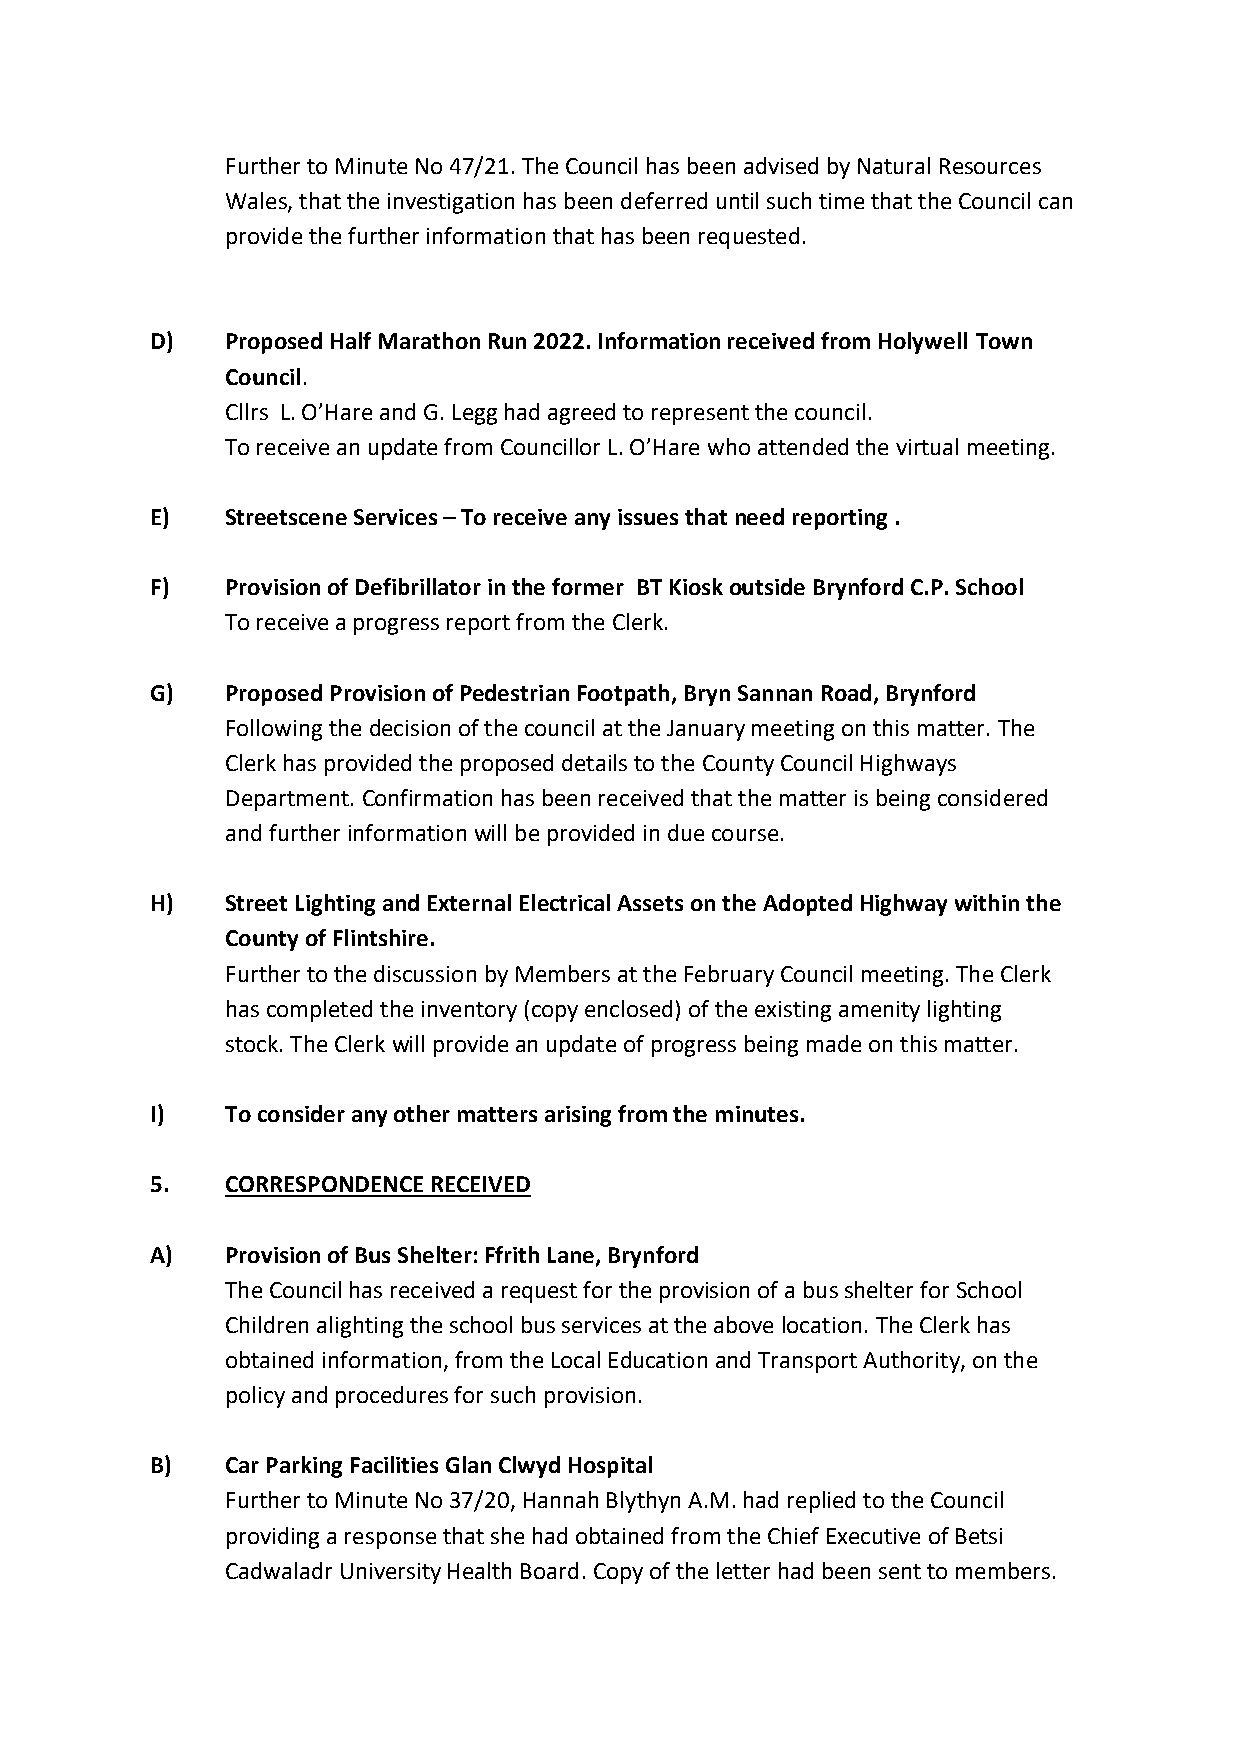
Further to Minute No 47/21. The Council has been advised by Natural Resources
 Wales, that the investigation has been deferred until such time that the Council can
 provide the further information that has been requested.
 D)   Proposed Half Marathon Run 2022. Information received from Holywell Town
 Council.
 Cllrs L. O’Hare and G. Legg had agreed to represent the council.
 To receive an update from Councillor L. O’Hare who attended the virtual meeting.
 E)   Streetscene Services – To receive any issues that need reporting .
 F)   Provision of Defibrillator in the former BT Kiosk outside Brynford C.P. School
 To receive a progress report from the Clerk.
 G)   Proposed Provision of Pedestrian Footpath, Bryn Sannan Road, Brynford
 Following the decision of the council at the January meeting on this matter. The
 Clerk has provided the proposed details to the County Council Highways
 Department. Confirmation has been received that the matter is being considered
 and further information will be provided in due course.
 H)   Street Lighting and External Electrical Assets on the Adopted Highway within the
 County of Flintshire.
 Further to the discussion by Members at the February Council meeting. The Clerk
 has completed the inventory (copy enclosed) of the existing amenity lighting
 stock. The Clerk will provide an update of progress being made on this matter.
 I)   To consider any other matters arising from the minutes.
 5.   CORRESPONDENCE RECEIVED
 A)   Provision of Bus Shelter: Ffrith Lane, Brynford
 The Council has received a request for the provision of a bus shelter for School
 Children alighting the school bus services at the above location. The Clerk has
 obtained information, from the Local Education and Transport Authority, on the
 policy and procedures for such provision.
 B)   Car Parking Facilities Glan Clwyd Hospital
 Further to Minute No 37/20, Hannah Blythyn A.M. had replied to the Council
 providing a response that she had obtained from the Chief Executive of Betsi
 Cadwaladr University Health Board. Copy of the letter had been sent to members.